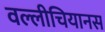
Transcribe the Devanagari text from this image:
वल्लीचियानस